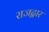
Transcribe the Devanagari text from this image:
राजद्वार